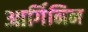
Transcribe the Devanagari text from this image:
आर्गिनिन